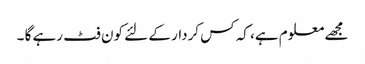
مجھے معلوم ہے، کہ کس کردار کے لئے کون فٹ رہے گا ۔